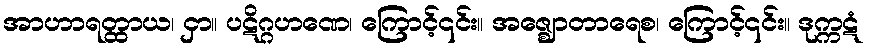
အာဟာရတ္ထာယ၊ ငှာ။ ပဋိဂ္ဂဟဏေ၊ ကြောင့်၎င်း။ အဇ္ဈောတာရေစ၊ ကြောင့်၎င်း။ ဒုက္ကဋံ